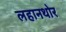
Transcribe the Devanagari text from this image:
लहानथोर